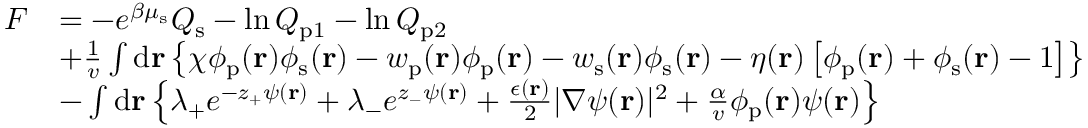
\begin{array} { r l } { F } & { = - e ^ { \beta \mu _ { \mathrm { s } } } Q _ { \mathrm { s } } - \ln Q _ { \mathrm { p } 1 } - \ln Q _ { \mathrm { p } 2 } } \\ & { + \frac { 1 } { v } \int \mathrm { d } { \mathbf { r } } \left\{ \chi \phi _ { \mathrm { p } } ( \mathbf { r } ) \phi _ { \mathrm { s } } ( \mathbf { r } ) - w _ { \mathrm { p } } ( \mathbf { r } ) \phi _ { \mathrm { p } } ( \mathbf { r } ) - w _ { \mathrm { s } } ( \mathbf { r } ) \phi _ { \mathrm { s } } ( \mathbf { r } ) - \eta ( \mathbf { r } ) \left[ \phi _ { \mathrm { p } } ( \mathbf { r } ) + \phi _ { \mathrm { s } } ( \mathbf { r } ) - 1 \right] \right\} } \\ & { - \int \mathrm { d } \mathbf { r } \left\{ \lambda _ { + } e ^ { - z _ { + } \psi ( \mathbf { r } ) } + \lambda _ { - } e ^ { z _ { - } \psi ( \mathbf { r } ) } + \frac { \epsilon ( \mathbf { r } ) } { 2 } | \nabla \psi ( \mathbf { r } ) | ^ { 2 } + \frac { \alpha } { v } \phi _ { \mathrm { p } } ( \mathbf { r } ) \psi ( \mathbf { r } ) \right\} } \end{array}